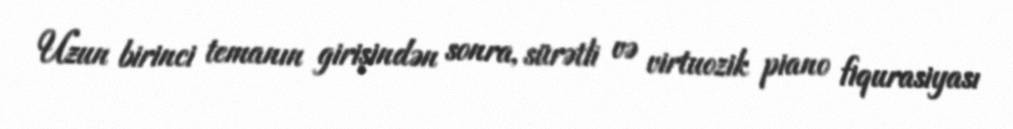
Uzun birinci temanın girişindən sonra, sürətli və virtuozik piano fiqurasiyası